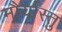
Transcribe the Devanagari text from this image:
मौर्यास्तु